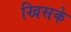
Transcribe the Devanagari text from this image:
खिसके